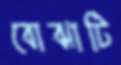
বোঝাটি